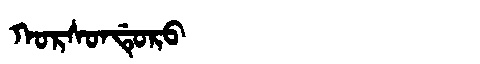
Manchu: ᡴᠣᡵᠰᠣᠨᡩᡠᡵᠣ
Romanization: KORSONDURO